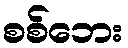
စစ်ဘေး